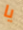
يا